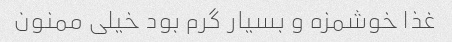
غذا خوشمزه و بسیار گرم بود خیلی ممنون